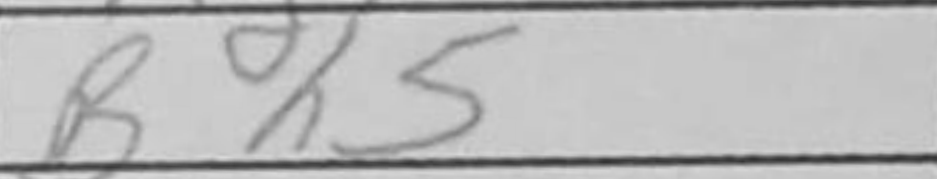
Transcription: Bh5